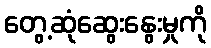
တွေ့ဆုံဆွေးနွေးမှုကို